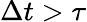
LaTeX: \Delta t>\tau